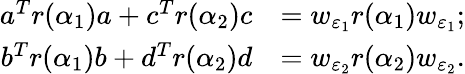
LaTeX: \begin{array}{rl}{a^{T}r(\alpha_{1})a+c^{T}r(\alpha_{2})c}&{=w_{\varepsilon_{1}}r(\alpha_{1})w_{\varepsilon_{1}};}\\ {b^{T}r(\alpha_{1})b+d^{T}r(\alpha_{2})d}&{=w_{\varepsilon_{2}}r(\alpha_{2})w_{\varepsilon_{2}}.}\end{array}